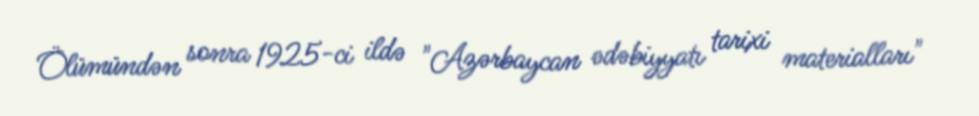
Ölümündən sonra 1925-ci ildə "Azərbaycan ədəbiyyatı tarixi materialları"